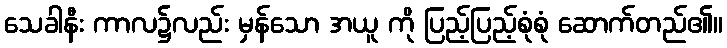
သေခါနီး ကာလ၌လည်း မှန်သော အယူ ကို ပြည့်ပြည့်စုံစုံ ဆောက်တည်၏။